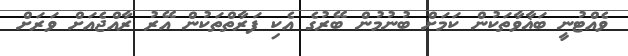
ވެއްޓުނީ ބަޣާވާތަކުން ކަމަށް ބުނުމުން ބޭރުގެ އެކި ފަރާތްތަކުން އޭރު ރާއްޖެއަށް ވަރަށް